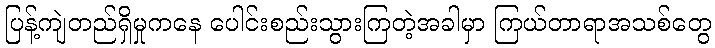
ပြန့်ကျဲတည်ရှိမှုကနေ ပေါင်းစည်းသွားကြတဲ့အခါမှာ ကြယ်တာရာအသစ်တွေ